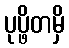
ပုပ္ဖိတမှိ